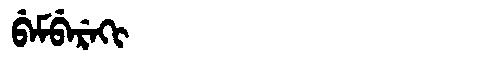
Manchu: ᠪᡝᠮᠪᡝᡵᡝᡴᡳ
Romanization: BEMBEREKI